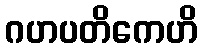
ဂဟပတိကေဟိ